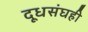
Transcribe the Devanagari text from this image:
दूधसंघही